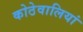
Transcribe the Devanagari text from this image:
कोठेवालियां